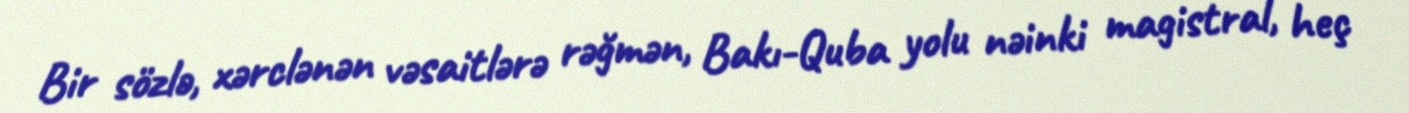
Bir sözlə, xərclənən vəsaitlərə rəğmən, Bakı-Quba yolu nəinki magistral, heç